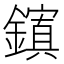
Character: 𮣉